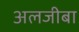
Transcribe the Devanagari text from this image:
अलजीबा